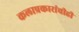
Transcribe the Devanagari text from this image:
कलाप्रकारांचीही